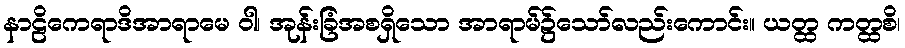
နာဠိကေရာဒိအာရာမေ ဝါ၊ အုန်းခြံအစရှိသော အာရာမ်၌သော်လည်းကောင်း။ ယတ္ထ ကတ္ထစိ၊